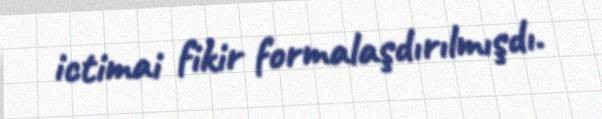
ictimai fikir formalaşdırılmışdı.